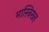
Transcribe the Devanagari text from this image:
मास्त्रिख्त